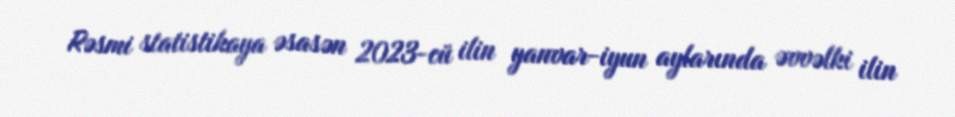
Rəsmi statistikaya əsasən 2023-cü ilin yanvar-iyun aylarında əvvəlki ilin